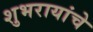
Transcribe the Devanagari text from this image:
शुभरायांचे